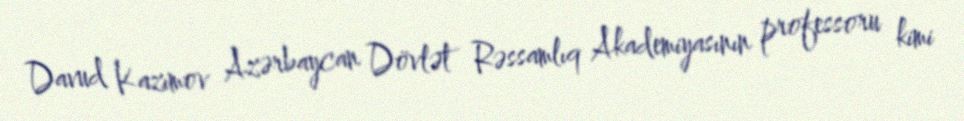
Davud Kazımov Azərbaycan Dövlət Rəssamlıq Akademiyasının professoru kimi